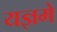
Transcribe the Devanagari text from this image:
यज्ञमे